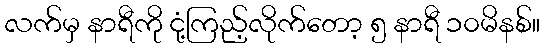
လက်မှ နာရီကို ငုံ့ကြည့်လိုက်တော့ ၅ နာရီ ၁၀မိနစ်။